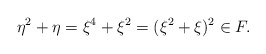
\begin{align*}\eta^2+\eta=\xi^4+\xi^2=(\xi^2+\xi)^2\in F.\end{align*}